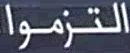
التزموا